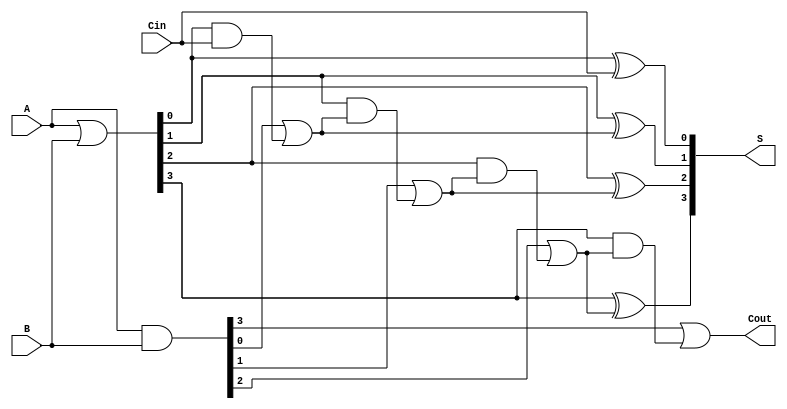
module BrentKungAdder #(parameter N = 4) (
    input  [N-1:0] A,
    input  [N-1:0] B,
    input          Cin,
    output [N-1:0] S,
    output         Cout
);
    // Wires for generate and propagate signals
    wire [N-1:0] G; // Generate
    wire [N-1:0] P; // Propagate
    wire [N:0] C;   // Carry

    // Generate and Propagate calculations
    assign G = A & B;
    assign P = A | B;

    // Carry generation tree
    assign C[0] = Cin; // Initial carry input

    genvar i;
    generate
        // Level 1 carry generation
        for (i = 0; i < N; i = i + 1) begin: level1
            assign C[i+1] = G[i] | (P[i] & C[i]);
        end
    endgenerate

    // Sum calculation
    generate
        for (i = 0; i < N; i = i + 1) begin: sum_calc
            assign S[i] = P[i] ^ C[i];
        end
    endgenerate

    // Final carry out
    assign Cout = C[N];

endmodule